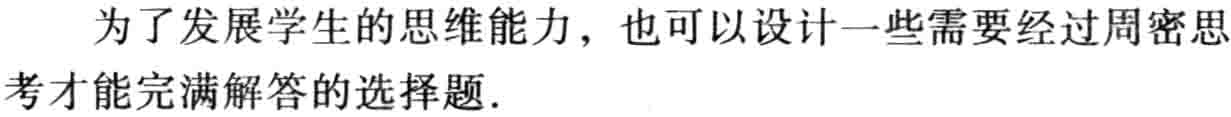
为了发展学生的思维能力，也可以设计一些需要经过周密思考才能完满解答的选择题.